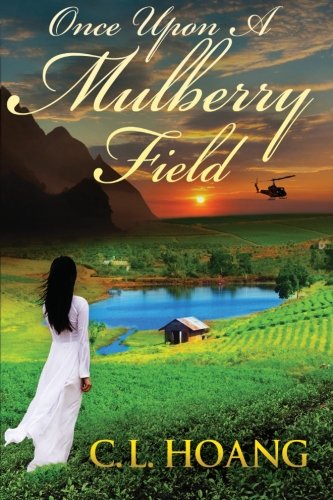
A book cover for Once upon a Mulberry Field; C. L. Hoang; Romance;